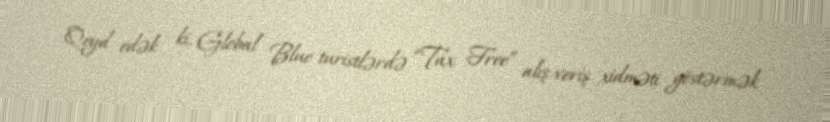
Qeyd edək ki, Global Blue turistlərdə “Tax Free” alış-veriş xidməti göstərmək